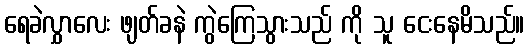
ရေခဲလွှာလေး ဖျတ်ခနဲ ကွဲကြေသွားသည် ကို သူ ငေးနေမိသည်။